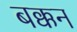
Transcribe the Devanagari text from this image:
बक्कन